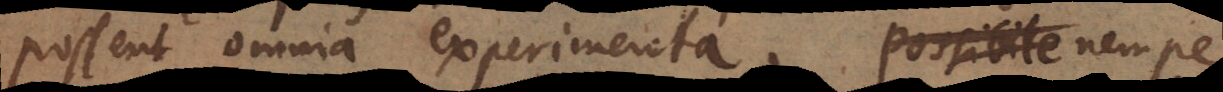
possent omnia experimenta, nempe